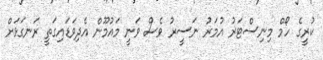
ކުރީގެ ހޯމް މިނިސްޓަރު އުމަރު ނަސީރު ވެސް ވަނީ މައުމޫން އެދިވަޑައިގަތީ ރަނގަޅަށް